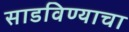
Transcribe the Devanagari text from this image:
साडविण्याचा